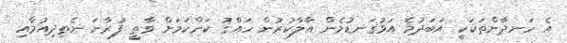
އެ ހަނދާންތަކަކީ އަބަދުމެ އަޅުގަނޑުމެން އާލާކުރުން ހައްގު ކަންކަމަށް ވާތީ ފުރާނަ ނެތިދިއުމާއި